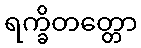
ရက္ခိတတ္တော